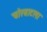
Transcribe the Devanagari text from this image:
चोरबाटला